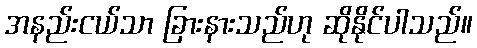
အနည်းငယ်သာ ခြားနားသည်ဟု ဆိုနိုင်ပါသည်။